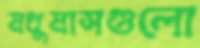
মধুমাসগুলো